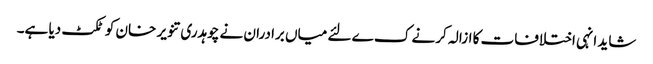
شاید انہی اختلافات کا ازالہ کرنے ک ے لئے میاں برادران نے چوہدری تنویر خان کو ٹکٹ دیا ہے۔